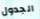
الجدول